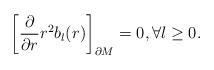
LaTeX: \begin{align*}\left[{\partial \over \partial r} r^{2}b_{l}(r)\right]_{\partial M}=0, \forall l \geq 0.\end{align*}